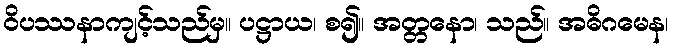
ဝိပဿနာကျင့်သည်မှ။ ပဋ္ဌာယ၊ စ၍။ အတ္တနော၊ သည်။ အဓိဂမေန၊